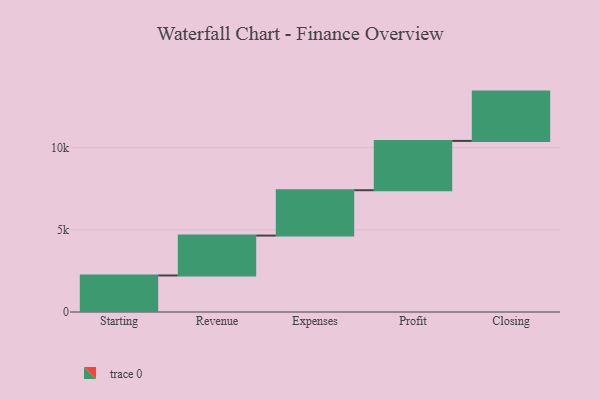
{"axis": {"x": "Step", "y": "Value"}, "legend": [""], "data": [{"x": "Starting", "y": 2223.0, "type": ""}, {"x": "Revenue", "y": 2428.0, "type": ""}, {"x": "Expenses", "y": 2759.0, "type": ""}, {"x": "Profit", "y": 3000, "type": ""}, {"x": "Closing", "y": 3000, "type": ""}]}